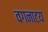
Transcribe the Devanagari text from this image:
वगनाटय